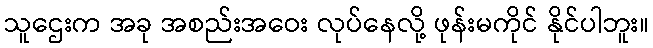
သူဌေးက အခု အစည်းအဝေး လုပ်နေလို့ ဖုန်းမကိုင် နိုင်ပါဘူး။